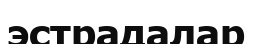
эстрадалар